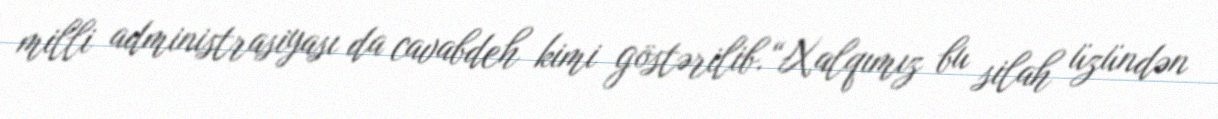
milli administrasiyası da cavabdeh kimi göstərilib.“Xalqımız bu silah üzündən